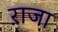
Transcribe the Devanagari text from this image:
ऱाजा